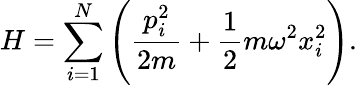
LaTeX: H=\sum_{i=1}^{N}\left({\frac{p_{i}^{2}}{2m}}+{\frac{1}{2}}m\omega^{2}x_{i}^{2}\right).